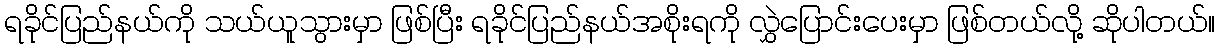
ရခိုင်ပြည်နယ်ကို သယ်ယူသွားမှာ ဖြစ်ပြီး ရခိုင်ပြည်နယ်အစိုးရကို လွှဲပြောင်းပေးမှာ ဖြစ်တယ်လို့ ဆိုပါတယ်။